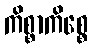
ကိစ္စာကိစ္စေ